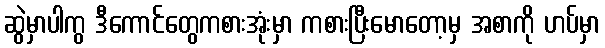
ဆွဲမှာပါကွ ဒီကောင်တွေကစားအုံးမှာ ကစားပြီးမောတော့မှ အစာကို ဟပ်မှာ